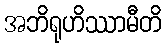
အဘိရုဟိဿာမီတိ